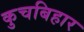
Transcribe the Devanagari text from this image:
कुचबिहार